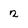
Character: 2